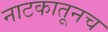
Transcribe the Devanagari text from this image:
नाटकातूनच